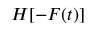
H [ - F ( t ) ]